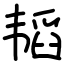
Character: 韬